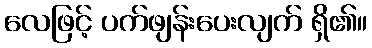
လေဖြင့် ပက်ဖျန်းပေးလျက် ရှိ၏။